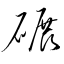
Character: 碾